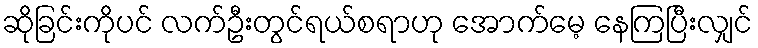
ဆိုခြင်းကိုပင် လက်ဦးတွင်ရယ်စရာဟု အောက်မေ့ နေကြပြီးလျှင်